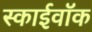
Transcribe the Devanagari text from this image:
स्काईवॉक